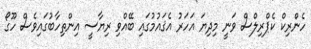
ހެންރިކް ކެޕްރިލްސް ވަނީ މިދިޔަ އަހަރު އެޤައުމުގައި ބޭއްވި ރިޔާސީ އިންތިހާބުގައިވެސް ހޫގޯ